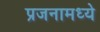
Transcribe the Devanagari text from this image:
प्रजनामध्ये